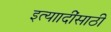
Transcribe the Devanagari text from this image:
इत्याादींसाठी